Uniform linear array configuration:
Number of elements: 64
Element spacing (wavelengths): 1
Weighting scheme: kaiser
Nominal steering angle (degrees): -60
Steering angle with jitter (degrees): -59.323
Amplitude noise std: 0.05
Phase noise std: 0.05

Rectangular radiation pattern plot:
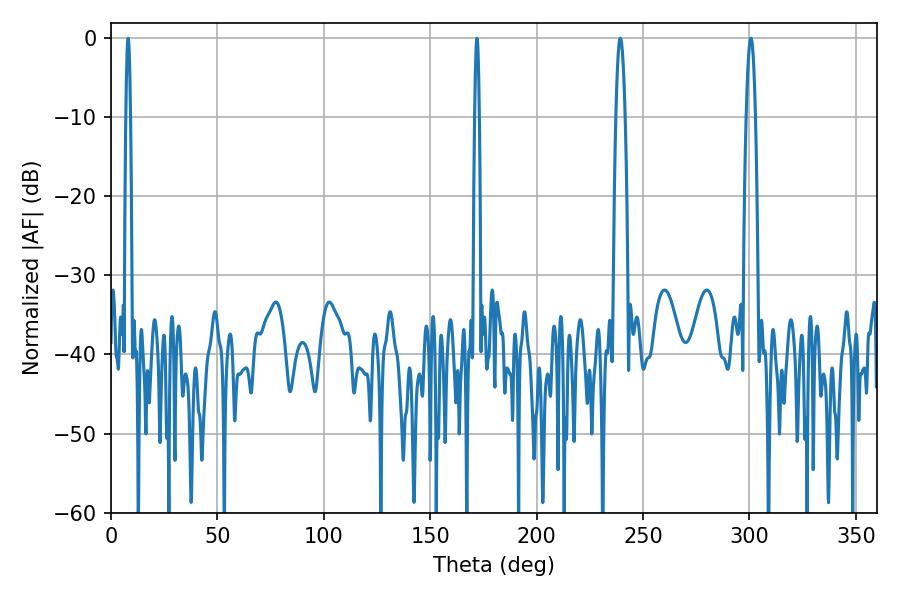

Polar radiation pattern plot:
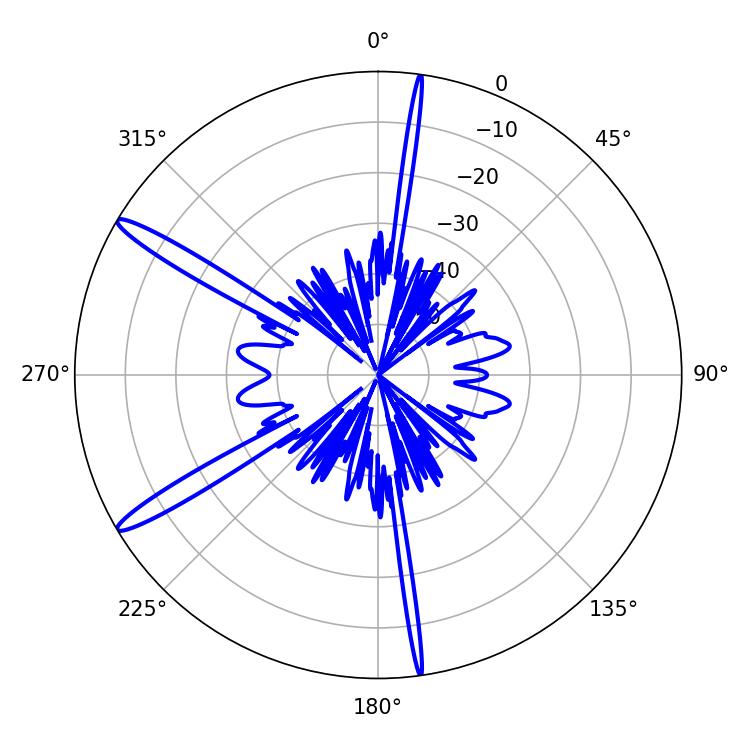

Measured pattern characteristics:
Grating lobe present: TRUE
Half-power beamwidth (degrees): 2.34
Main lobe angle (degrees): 300.6